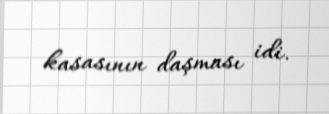
kasasının daşması idi.